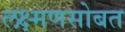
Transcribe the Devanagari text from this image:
लक्ष्मणसोबत